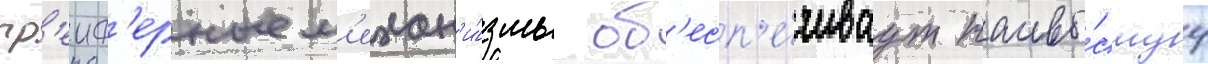
гр'еиф'ерные м'ехан'и́змы об'есп'е́чиваут наивы́сшуу